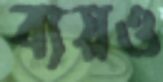
ব্যয়ও